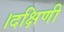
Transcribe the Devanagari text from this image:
।दक्षिणी